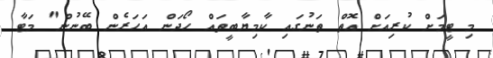
މި ޓީމަށް ކުރިއަށް އޮތް ތަނުގައި ކާމިޔާބީތައް ހޯދަން އަހަރެން ބޭނުން" މަޓާ